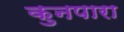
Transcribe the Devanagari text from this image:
कुनपारा